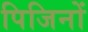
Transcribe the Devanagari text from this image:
पिजिनों